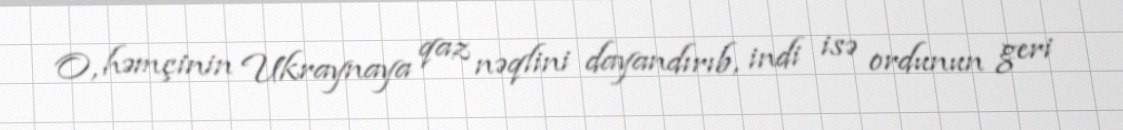
O, həmçinin Ukraynaya qaz nəqlini dayandırıb, indi isə ordunun geri